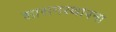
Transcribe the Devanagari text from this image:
शासनस्थापना